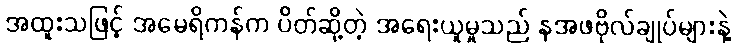
အထူးသဖြင့် အမေရိကန်က ပိတ်ဆို့တဲ့ အရေးယူမှုသည် နအဖဗိုလ်ချုပ်များနဲ့